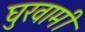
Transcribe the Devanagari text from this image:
घुरवामी